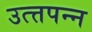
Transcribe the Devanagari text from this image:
उत्त्तपन्न